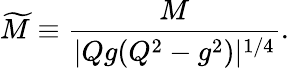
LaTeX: \widetilde{M}\equiv\frac{M}{|Qg(Q^{2}-g^{2})|^{1/4}}.